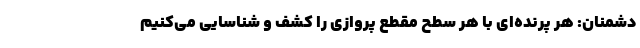
دشمنان: هر پرنده‌ای با هر سطح مقطع پروازی را کشف و شناسایی می‌کنیم